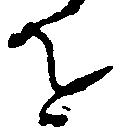
を